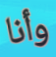
وأنا